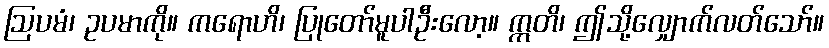
ဩပမံ၊ ဥပမာကို။ ကရောဟိ၊ ပြုတော်မူပါဦးလော့။ ဣတိ၊ ဤသို့လျှောက်လတ်သော်။